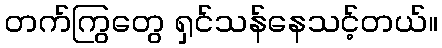
တက်ကြွတွေ ရှင်သန်နေသင့်တယ်။